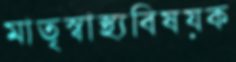
মাতৃস্বাস্থ্যবিষয়ক